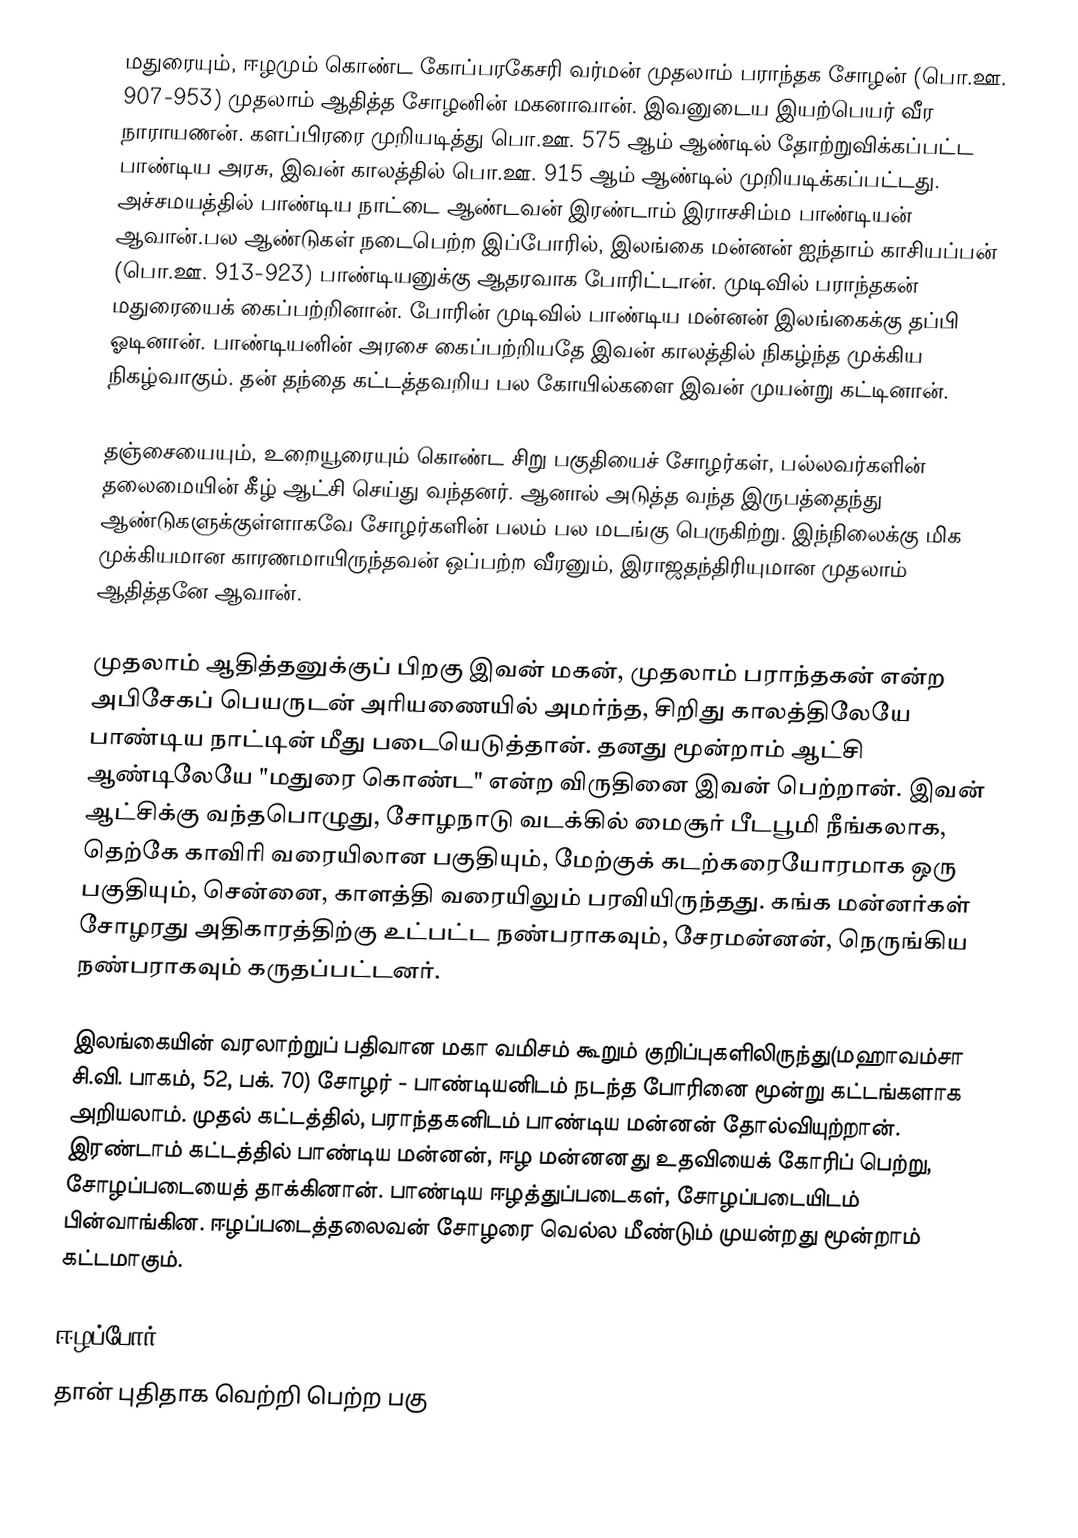
மதுரையும், ஈழமும் கொண்ட கோப்பரகேசரி வர்மன் முதலாம் பராந்தக சோழன் (பொ.ஊ. 907-953) முதலாம் ஆதித்த சோழனின் மகனாவான். இவனுடைய இயற்பெயர் வீர நாராயணன். களப்பிரரை முறியடித்து பொ.ஊ. 575 ஆம் ஆண்டில் தோற்றுவிக்கப்பட்ட பாண்டிய அரசு, இவன் காலத்தில் பொ.ஊ. 915 ஆம் ஆண்டில் முறியடிக்கப்பட்டது. அச்சமயத்தில் பாண்டிய நாட்டை ஆண்டவன் இரண்டாம் இராசசிம்ம பாண்டியன் ஆவான்.பல ஆண்டுகள் நடைபெற்ற இப்போரில், இலங்கை மன்னன் ஐந்தாம் காசியப்பன் (பொ.ஊ. 913-923) பாண்டியனுக்கு ஆதரவாக போரிட்டான். முடிவில் பராந்தகன் மதுரையைக் கைப்பற்றினான். போரின் முடிவில் பாண்டிய மன்னன் இலங்கைக்கு தப்பி ஓடினான். பாண்டியனின் அரசை கைப்பற்றியதே இவன் காலத்தில் நிகழ்ந்த முக்கிய நிகழ்வாகும். தன் தந்தை கட்டத்தவறிய பல கோயில்களை இவன் முயன்று கட்டினான்.

தஞ்சையையும், உறையூரையும் கொண்ட சிறு பகுதியைச் சோழர்கள், பல்லவர்களின் தலைமையின் கீழ் ஆட்சி செய்து வந்தனர். ஆனால் அடுத்த வந்த இருபத்தைந்து ஆண்டுகளுக்குள்ளாகவே சோழர்களின் பலம் பல மடங்கு பெருகிற்று. இந்நிலைக்கு மிக முக்கியமான காரணமாயிருந்தவன் ஒப்பற்ற வீரனும், இராஜதந்திரியுமான முதலாம் ஆதித்தனே ஆவான்.

முதலாம் ஆதித்தனுக்குப் பிறகு  இவன் மகன், முதலாம்  பராந்தகன் என்ற அபிசேகப் பெயருடன் அரியணையில் அமர்ந்த, சிறிது காலத்திலேயே பாண்டிய நாட்டின் மீது படையெடுத்தான். தனது மூன்றாம் ஆட்சி ஆண்டிலேயே "மதுரை கொண்ட" என்ற விருதினை இவன் பெற்றான். இவன் ஆட்சிக்கு வந்தபொழுது, சோழநாடு வடக்கில் மைசூர் பீடபூமி நீங்கலாக, தெற்கே காவிரி வரையிலான பகுதியும், மேற்குக் கடற்கரையோரமாக ஒரு பகுதியும், சென்னை, காளத்தி வரையிலும் பரவியிருந்தது. கங்க மன்னர்கள் சோழரது அதிகாரத்திற்கு உட்பட்ட நண்பராகவும், சேரமன்னன், நெருங்கிய நண்பராகவும் கருதப்பட்டனர்.

இலங்கையின் வரலாற்றுப் பதிவான மகா வமிசம் கூறும் குறிப்புகளிலிருந்து(மஹாவம்சா சி.வி. பாகம், 52, பக். 70) சோழர் - பாண்டியனிடம் நடந்த போரினை மூன்று கட்டங்களாக அறியலாம். முதல் கட்டத்தில், பராந்தகனிடம் பாண்டிய மன்னன் தோல்வியுற்றான். இரண்டாம் கட்டத்தில் பாண்டிய மன்னன், ஈழ மன்னனது உதவியைக் கோரிப் பெற்று, சோழப்படையைத் தாக்கினான். பாண்டிய ஈழத்துப்படைகள், சோழப்படையிடம் பின்வாங்கின. ஈழப்படைத்தலைவன் சோழரை வெல்ல மீண்டும் முயன்றது மூன்றாம் கட்டமாகும்.

ஈழப்போர்
தான் புதிதாக வெற்றி பெற்ற பகு